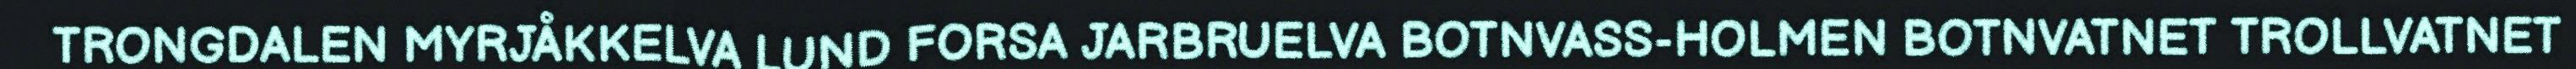
TRONGDALEN MYRJÅKKELVA LUND FORSA JARBRUELVA BOTNVASS-HOLMEN BOTNVATNET TROLLVATNET